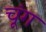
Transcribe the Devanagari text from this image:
चूंग